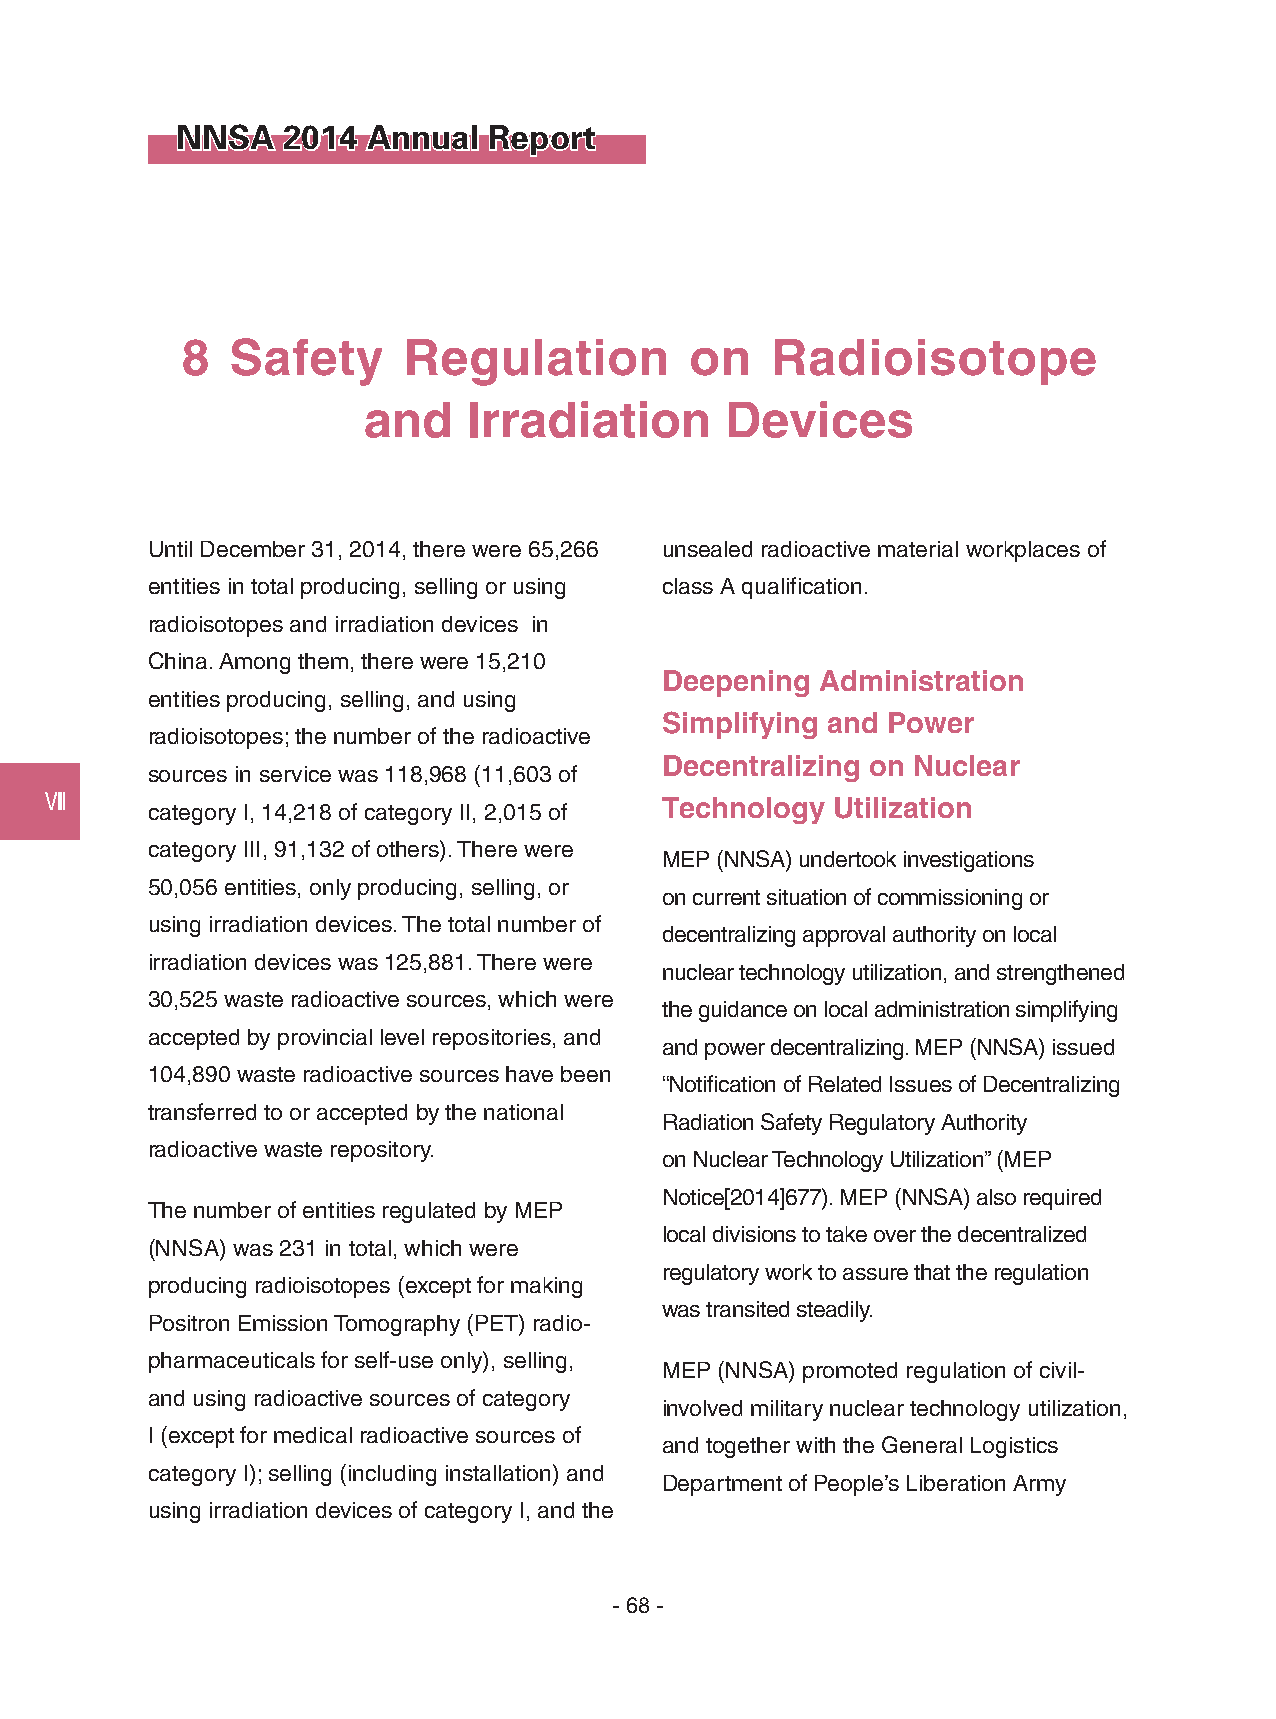
NNSA   2014 Annual  Report
 8  Safety      Regulation         on   Radioisotope
 and    Irradiation      Devices
 Until December 31, 2014, there were 65,266 unsealed radioactive material workplaces of
 entities in total producing, selling or using class A qualification.
 radioisotopes and irradiation devices in
 China. Among them, there were 15,210
 Deepening Administration
 entities producing, selling, and using
 Simplifying and Power
 radioisotopes; the number of the radioactive
 Decentralizing on Nuclear
 sources in service was 118,968 (11,603 of
 Ⅷ      category I, 14,218 of category II, 2,015 of Technology Utilization
 category III, 91,132 of others). There were
 MEP (NNSA) undertook investigations
 50,056 entities, only producing, selling, or
 on current situation of commissioning or
 using irradiation devices. The total number of
 decentralizing approval authority on local
 irradiation devices was 125,881. There were
 nuclear technology utilization, and strengthened
 30,525 waste radioactive sources, which were
 the guidance on local administration simplifying
 accepted by provincial level repositories, and
 and power decentralizing. MEP (NNSA) issued
 104,890 waste radioactive sources have been
 “Notification of Related Issues of Decentralizing
 transferred to or accepted by the national
 Radiation Safety Regulatory Authority
 radioactive waste repository.
 on Nuclear Technology Utilization” (MEP
 Notice[2014]677). MEP (NNSA) also required
 The number of entities regulated by MEP
 local divisions to take over the decentralized
 (NNSA) was 231 in total, which were
 regulatory work to assure that the regulation
 producing radioisotopes (except for making
 was transited steadily.
 Positron Emission Tomography (PET) radio-
 pharmaceuticals for self-use only), selling,
 MEP (NNSA) promoted regulation of civil-
 and using radioactive sources of category
 involved military nuclear technology utilization,
 I (except for medical radioactive sources of
 and together with the General Logistics
 category I); selling (including installation) and
 Department of People’s Liberation Army
 using irradiation devices of category I, and the
 - 68 -